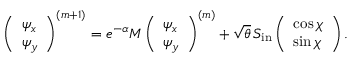
\left( \begin{array} { l } { \psi _ { x } } \\ { \psi _ { y } } \end{array} \right) ^ { ( m + 1 ) } = e ^ { - \alpha } M \left( \begin{array} { l } { \psi _ { x } } \\ { \psi _ { y } } \end{array} \right) ^ { ( m ) } + \sqrt { \theta } \, S _ { \mathrm { i n } } \left( \begin{array} { l } { \cos \chi } \\ { \sin \chi } \end{array} \right) .